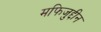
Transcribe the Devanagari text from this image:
मफिजुद्दीन